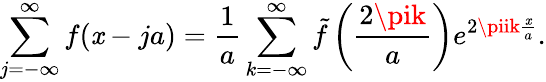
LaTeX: \sum_{j=-\infty}^{\infty}f(\mathit{x}-ja)=\frac{{1}}{{a}}\sum_{k=-\infty}^{\infty}\tilde{{f}}\left(\frac{{2\pik}}{{a}}\right)e^{2\piik\frac{{\mathit{x}}}{{a}}}.